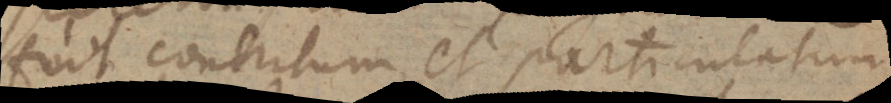
fuit contritum, et particulatim